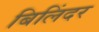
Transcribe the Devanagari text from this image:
बिलिंदर